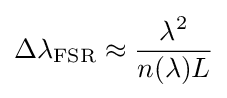
\Delta \lambda _{\text{FSR}}\approx {\frac {\lambda ^{2}}{n(\lambda )L}}